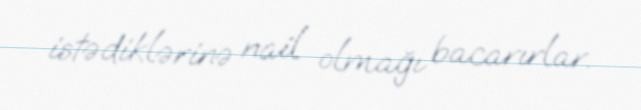
istədiklərinə nail olmağı bacarırlar.